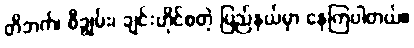
တိဘက်၊ စီချွမ်း၊ ချင်းဟိုင်စတဲ့ ပြည်နယ်မှာ နေကြပါတယ်။